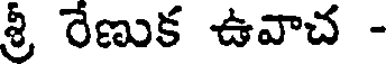
శ్రీ రేణుక ఉవాచ -